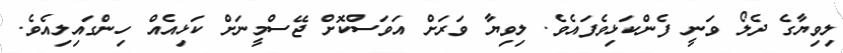
ލިވިޔާގެ ދެލޯ ވަނީ ފެންކަޅިވެފައެވެ. ލިވިޔާ ވަރަށް އަވަސްކޮށް ޖޭސްމީނަށް ކަޅިއެއް ހިންގައިލިއެވެ.